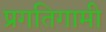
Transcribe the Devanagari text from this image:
प्रगतिगामी